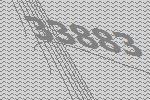
33883